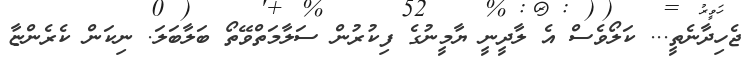
ޖެހިދާނެތީ... ކަލޯވެސް އެ ލާދީނީ ޔާމީނުގެ ފިކުރުން ސަލާމަތްވޭތޯ ބަލާބަލަ. ނިކަން ކެރެންޏާ